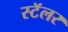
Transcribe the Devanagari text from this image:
स्टॅलर